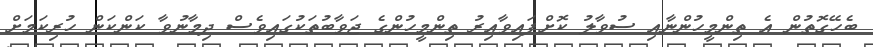
ބެހޭގޮތުން އެ ތިންމީހުންނާއި ސުވާލު ކޮށްފައިވާއިރު ތިންމީހުންގެ ޖަވާބުތަކުގައިވެސް ދިމާނުވާ ކަންކަން ހުރިކަމަށް